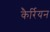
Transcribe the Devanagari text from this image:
कैर्रियन